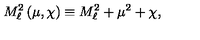
M _ { \ell } ^ { 2 } \left( \mu , \chi \right) \equiv M _ { \ell } ^ { 2 } + \mu ^ { 2 } + \chi ,